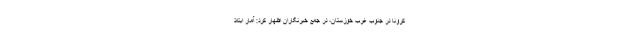
کرونا در جنوب غرب خوزستان، در جمع خبرنگاران اظهار کرد: آمار ابتلا